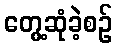
တွေ့ဆုံခဲ့စဉ်